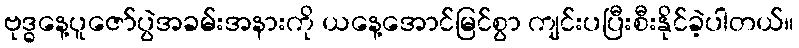
ဗုဒ္ဓနေ့ပူဇော်ပွဲအခမ်းအနားကို ယနေ့အောင်မြင်စွာ ကျင်းပပြီးစီးနိုင်ခဲ့ပါတယ်။